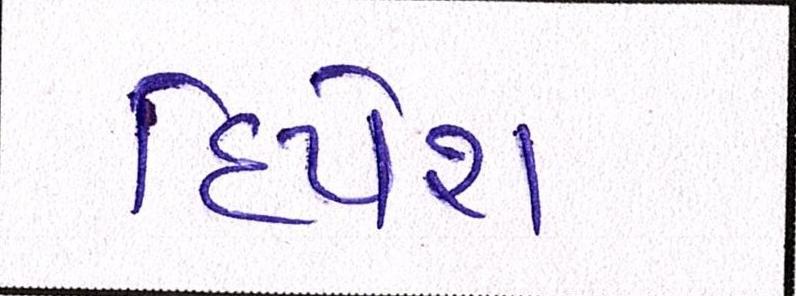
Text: દિપેશ